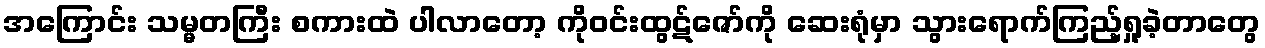
အကြောင်း သမ္မတကြီး စကားထဲ ပါလာတော့ ကိုဝင်းထွဋ်ဇော်ကို ဆေးရုံမှာ သွားရောက်ကြည့်ရှု့ခဲ့တာတွေ